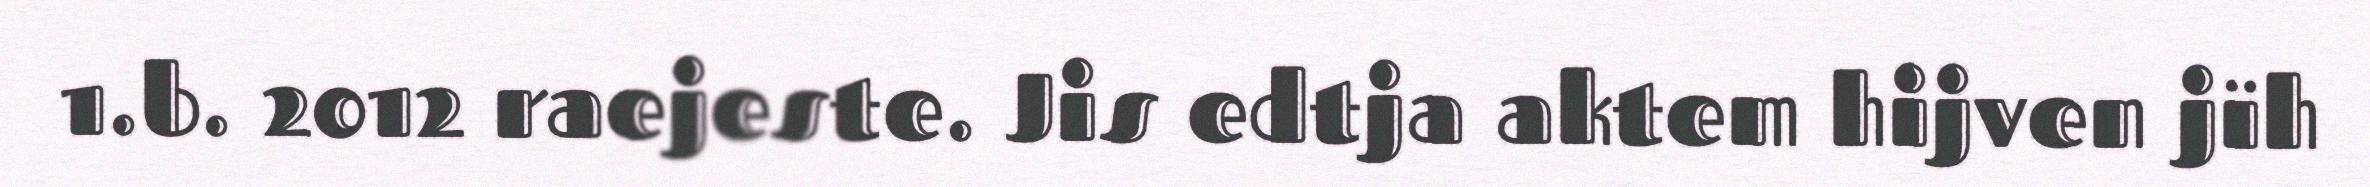
1.b. 2012 raejeste. Jis edtja aktem hijven jïh